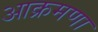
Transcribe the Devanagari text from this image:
आक्रमणा